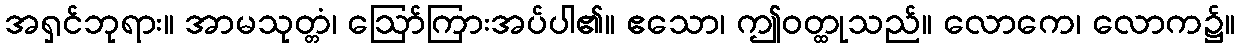
အရှင်ဘုရား။ အာမသုတ္တံ၊ ဩော်ကြားအပ်ပါ၏။ ဧသော၊ ဤဝတ္ထုသည်။ လောကေ၊ လောက၌။